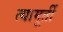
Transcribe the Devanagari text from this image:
त्यामूर्ती